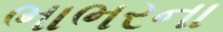
ભાભરના